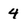
Character: 4